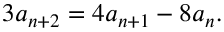
3 a _ { n + 2 } = 4 a _ { n + 1 } - 8 a _ { n } .